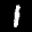
Label: 1